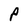
Character: P